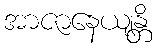
အာဇာနေယျန္တိ